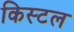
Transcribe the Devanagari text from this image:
किस्टल